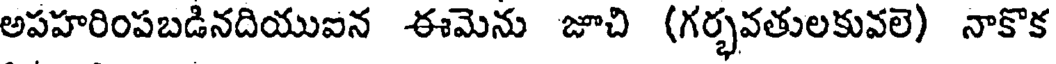
అపహరింపబడినదియుఐన ఈమెను జూచి (గర్భవతులకువలె) నాకొక